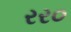
રર૦